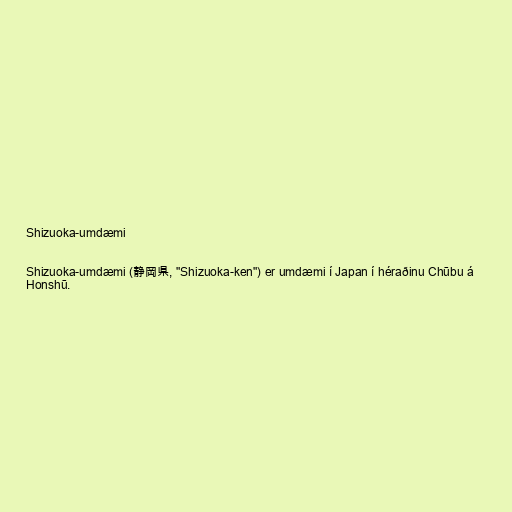
Shizuoka-umdæmi

Shizuoka-umdæmi (静岡県, "Shizuoka-ken") er umdæmi í Japan í héraðinu Chūbu á
Honshū.